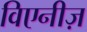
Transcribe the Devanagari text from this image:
विएनीज़